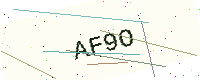
Text: AF9O